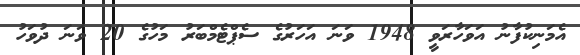
އެމަނިކުފާނު އަވަހާރަވީ 1948 ވަނަ އަހަރުގެ ސެޕްޓެމްބަރު މަހުގެ 20 ވަނަ ދުވަހު